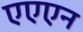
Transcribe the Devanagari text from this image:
एएएन